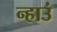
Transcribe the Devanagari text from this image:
न्हाउं